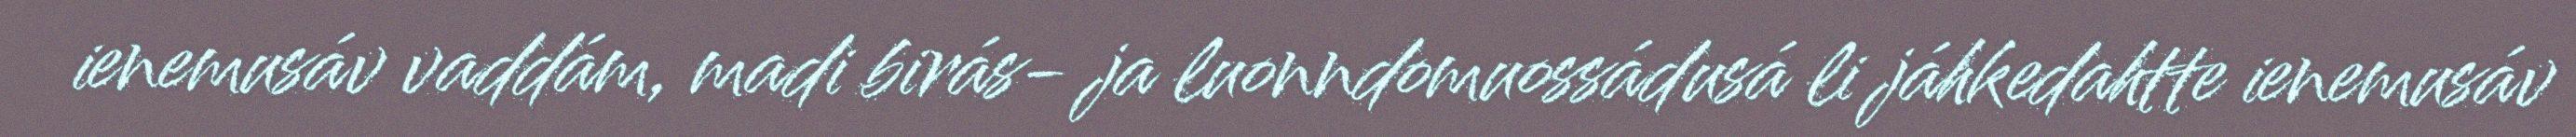
ienemusáv vaddám, madi birás- ja luonndomuossádusá li jáhkedahtte ienemusáv